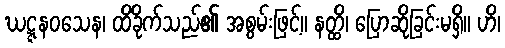
ဃဋ္ဋနဝသေန၊ ထိခိုက်သည်၏ အစွမ်းဖြင့်။ နတ္ထိ၊ ပြောဆိုခြင်းမရှိ။ ဟိ၊